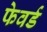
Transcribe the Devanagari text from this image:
फेवर्ड